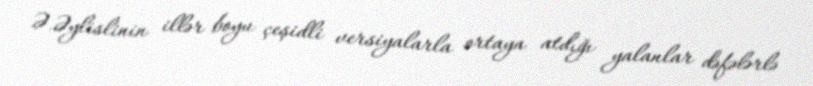
Ə.Əylislinin illər boyu çeşidli versiyalarla ortaya atdığı yalanlar dəfələrlə